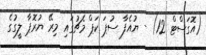
(އޮގަސްޓް 12) - ޔުއެފާ ސުޕަ ކަޕް މެޗުގައި މިރޭ ޔުރޮޕާ ލީގުގެ